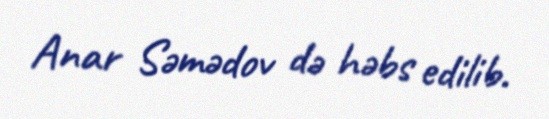
Anar Səmədov də həbs edilib.